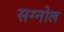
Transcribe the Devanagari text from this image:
सग्नोल